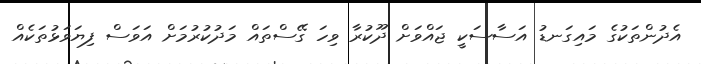
އެދުންތަކުގެ މައިގަނޑު އަސާސަކީ ޖައްވަށް ދޫކުރާ ވިހަ ގޭސްތައް މަދުކުރުމަށް އަވަސް ފިޔަވަޅުތަކެއް